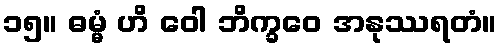
၁၅။ ဓမ္မံ ဟိ ဝေါ ဘိက္ခဝေ အနုဿရတံ။